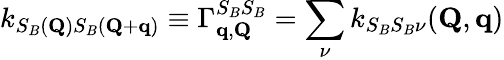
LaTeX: k_{S_{B}(\mathbf{Q})S_{B}(\mathbf{Q}+\mathbf{q})}\equiv\Gamma_{\mathbf{q},\mathbf{Q}}^{S_{B}S_{B}}=\sum_{\nu}k_{S_{B}S_{B}\nu}(\mathbf{Q},\mathbf{q})